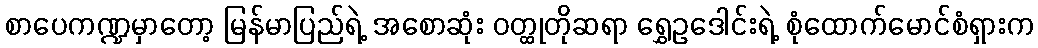
စာပေကဏ္ဍမှာတော့ မြန်မာပြည်ရဲ့ အစောဆုံး ဝတ္ထုတိုဆရာ ရွှေဥဒေါင်းရဲ့ စုံထောက်မောင်စံရှားက